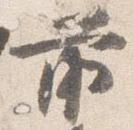
前